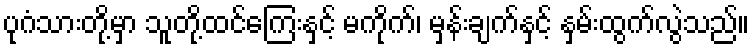
ပုဂံသားတို့မှာ သူတို့ထင်ကြေးနှင့် မကိုက်၊ မှန်းချက်နှင့် နှမ်းထွက်လွဲသည်။